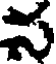
స